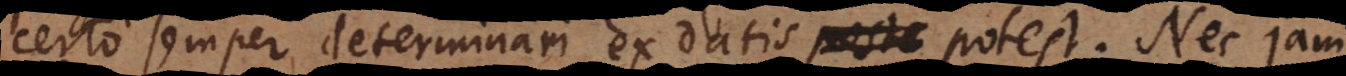
certo semper determinari ex datis potest. Nec jam